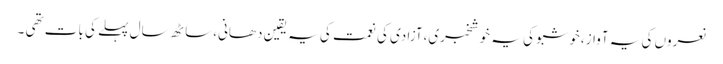
نعروں کی یہ آواز،خوشبو کی یہ خوشخبری،آزادی کی نعمت کی یہ یقین دھانی،ساٹھ سال پہلے کی بات تھی ۔